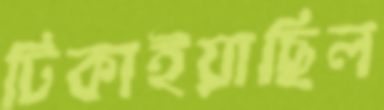
টিকাইয়াছিল